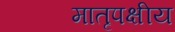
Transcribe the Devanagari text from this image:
मातृपक्षीय